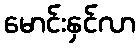
မောင်းနှင်လာ